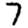
Digit: 7